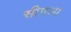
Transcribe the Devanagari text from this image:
सीगला